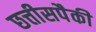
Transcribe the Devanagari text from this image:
छत्तीसपैकी